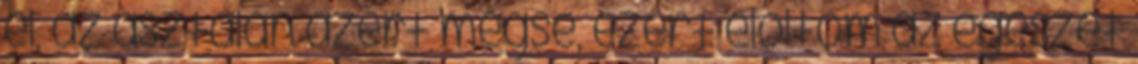
el, az asztalán azért mégse, ezért eloltom az egészet